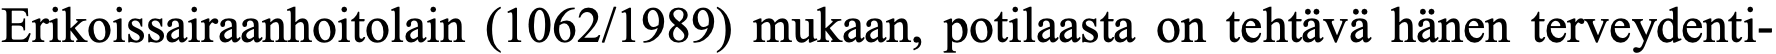
Erikoissairaanhoitolain (1062/1989) mukaan, potilaasta on tehtävä hänen terveydenti-